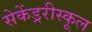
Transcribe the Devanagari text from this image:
सेकेंड्ररीस्कूल